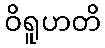
ဝိရူဟတိ